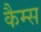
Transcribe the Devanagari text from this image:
कैम्स